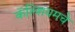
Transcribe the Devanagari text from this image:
कॅल्शियमचे